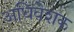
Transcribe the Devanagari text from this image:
अधिवेशक